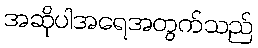
အဆိုပါအရေအတွက်သည်